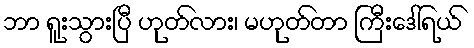
ဘာ ရူးသွားပြီ ဟုတ်လား၊ မဟုတ်တာ ကြီးဒေါ်ရယ်